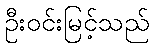
ဦးဝင်းမြင့်သည်